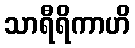
သာရီရိကာဟိ